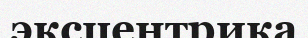
эксцентрика